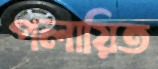
পলায়িত